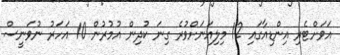
އަވަށްޓެރި އިންޑިއާގައި 12 މިލިއަނަށްވުރެ ގިނަ ކުދިން އުމުރުން 10 އަހަރު ނުވަނީސް